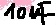
Text: 10uF